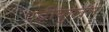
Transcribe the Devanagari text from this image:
एट्टीकुलम